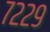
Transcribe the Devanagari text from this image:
७२२९